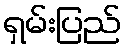
ရှမ်းပြည်